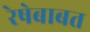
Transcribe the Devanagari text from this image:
रेषेबाबत